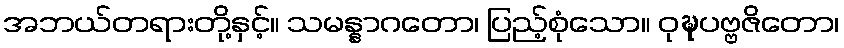
အဘယ်တရားတို့နှင့်။ သမန္နာဂတော၊ ပြည့်စုံသော။ ဝုဍ္ဎပဗ္ဗဇိတော၊